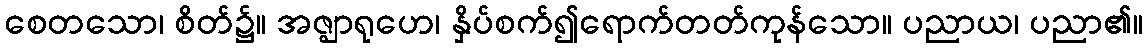
စေတသော၊ စိတ်၌။ အဇ္ဈာရုဟေ၊ နှိပ်စက်၍ရောက်တတ်ကုန်သော။ ပညာယ၊ ပညာ၏။